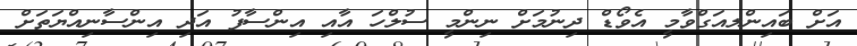
އަށް ބައިންލއަގްވާމީ އެވޯޑް ދިނުމަށް ނިންމީ ސުލްހަ އާއި އިންސާފު އަދި އިންސާނިއްޔަތަށް